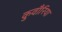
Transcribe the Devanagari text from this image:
कुवाँरिया